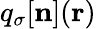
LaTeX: q_{\sigma}[{\mathbf n}]({\mathbf r})